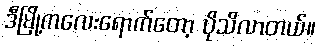
ဒီမြို့ကလေးရောက်တော့ ပိုသိလာတယ်။